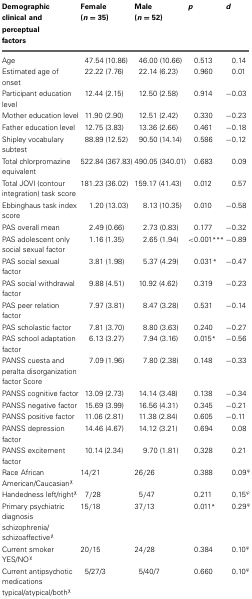
<table><thead><tr><td><b>Demographic clinical and perceptual factors</b></td><td><b>Female (<i>n</i> = 35)</b></td><td><b>Male (<i>n</i> = 52)</b></td><td><b><i>p</i></b></td><td><b><i>d</i></b></td></tr></thead><tbody><tr><td>Age</td><td>47.54 (10.86)</td><td>46.00 (10.66)</td><td>0.513</td><td>0.14</td></tr><tr><td>Estimated age of onset</td><td>22.22 (7.76)</td><td>22.14 (6.23)</td><td>0.960</td><td>0.01</td></tr><tr><td>Participant education level</td><td>12.44 (2.15)</td><td>12.50 (2.58)</td><td>0.914</td><td>−0.03</td></tr><tr><td>Mother education level</td><td>11.90 (2.90)</td><td>12.51 (2.42)</td><td>0.330</td><td>−0.23</td></tr><tr><td>Father education level</td><td>12.75 (3.83)</td><td>13.36 (2.66)</td><td>0.461</td><td>−0.18</td></tr><tr><td>Shipley vocabulary subtest</td><td>88.89 (12.52)</td><td>90.50 (14.14)</td><td>0.586</td><td>−0.12</td></tr><tr><td>Total chlorpromazine equivalent</td><td>522.84 (367.83)</td><td>490.05 (340.01)</td><td>0.683</td><td>0.09</td></tr><tr><td>Total JOVI (contour integration) task score</td><td>181.23 (36.02)</td><td>159.17 (41.43)</td><td>0.012</td><td>0.57</td></tr><tr><td>Ebbinghaus task index score</td><td>1.20 (13.03)</td><td>8.13 (10.35)</td><td>0.010</td><td>−0.58</td></tr><tr><td>PAS overall mean</td><td>2.49 (0.66)</td><td>2.73 (0.83)</td><td>0.177</td><td>−0.32</td></tr><tr><td>PAS adolescent only social sexual factor</td><td>1.16 (1.35)</td><td>2.65 (1.94)</td><td>&lt;0.001<sup>***</sup></td><td>−0.89</td></tr><tr><td>PAS social sexual factor</td><td>3.81 (1.98)</td><td>5.37 (4.29)</td><td>0.031<sup>*</sup></td><td>−0.47</td></tr><tr><td>PAS social withdrawal factor</td><td>9.88 (4.51)</td><td>10.92 (4.62)</td><td>0.319</td><td>−0.23</td></tr><tr><td>PAS peer relation factor</td><td>7.97 (3.81)</td><td>8.47 (3.28)</td><td>0.531</td><td>−0.14</td></tr><tr><td>PAS scholastic factor</td><td>7.81 (3.70)</td><td>8.80 (3.63)</td><td>0.240</td><td>−0.27</td></tr><tr><td>PAS school adaptation factor</td><td>6.13 (3.27)</td><td>7.94 (3.16)</td><td>0.015<sup>*</sup></td><td>−0.56</td></tr><tr><td>PANSS cuesta and peralta disorganization factor Score</td><td>7.09 (1.96)</td><td>7.80 (2.38)</td><td>0.148</td><td>−0.33</td></tr><tr><td>PANSS cognitive factor</td><td>13.09 (2.73)</td><td>14.14 (3.48)</td><td>0.138</td><td>−0.34</td></tr><tr><td>PANSS negative factor</td><td>15.69 (3.99)</td><td>16.56 (4.31)</td><td>0.345</td><td>−0.21</td></tr><tr><td>PANSS positive factor</td><td>11.06 (2.81)</td><td>11.38 (2.84)</td><td>0.605</td><td>−0.11</td></tr><tr><td>PANSS depression factor</td><td>14.46 (4.67)</td><td>14.12 (3.21)</td><td>0.694</td><td>0.08</td></tr><tr><td>PANSS excitement factor</td><td>10.14 (2.34)</td><td>9.70 (1.81)</td><td>0.328</td><td>0.21</td></tr><tr><td>Race African American/Caucasian<sup>χ</sup></td><td>14/21</td><td>26/26</td><td>0.388</td><td>0.09<sup>φ</sup></td></tr><tr><td>Handedness left/right<sup>χ</sup></td><td>7/28</td><td>5/47</td><td>0.211</td><td>0.15<sup>φ</sup></td></tr><tr><td>Primary psychiatric diagnosis schizophrenia/schizoaffective<sup>χ</sup></td><td>15/18</td><td>37/13</td><td>0.011<sup>*</sup></td><td>0.29<sup>φ</sup></td></tr><tr><td>Current smoker YES/NO<sup>χ</sup></td><td>20/15</td><td>24/28</td><td>0.384</td><td>0.10<sup>φ</sup></td></tr><tr><td>Current antipsychotic medications typical/atypical/both<sup>χ</sup></td><td>5/27/3</td><td>5/40/7</td><td>0.660</td><td>0.10<sup>φ</sup></td></tr></tbody></table>